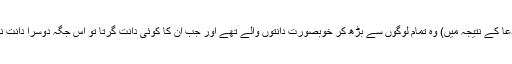
اور (اس دعا کے نتیجہ میں) وہ تمام لوگوں سے بڑھ کر خوبصورت دانتوں والے تھے اور جب ان کا کوئی دانت گرتا تو اس جگہ دوسرا دانت نکل آتا تھا۔